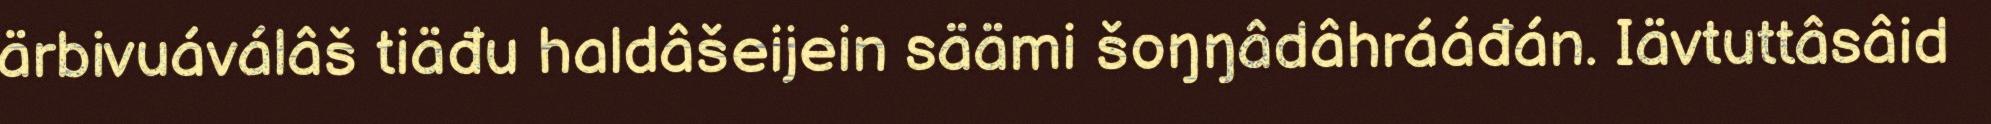
ärbivuáválâš tiäđu haldâšeijein säämi šoŋŋâdâhrááđán. Iävtuttâsâid